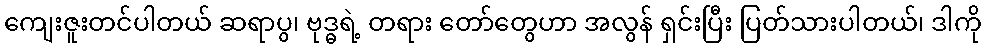
ကျေးဇူးတင်ပါတယ် ဆရာပွ၊ ဗုဒ္ဓရဲ့ တရား တော်တွေဟာ အလွန် ရှင်းပြီး ပြတ်သားပါတယ်၊ ဒါကို